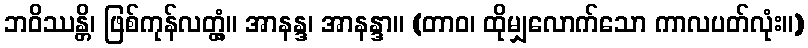
ဘဝိဿန္တိ၊ ဖြစ်ကုန်လတ္တံ့။ အာနန္ဒ၊ အာနန္ဒာ။ (တာဝ၊ ထိုမျှလောက်သော ကာလပတ်လုံး။)